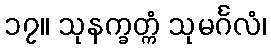
၁၇။ သုနက္ခတ္ကံ သုမင်္ဂလံ၊